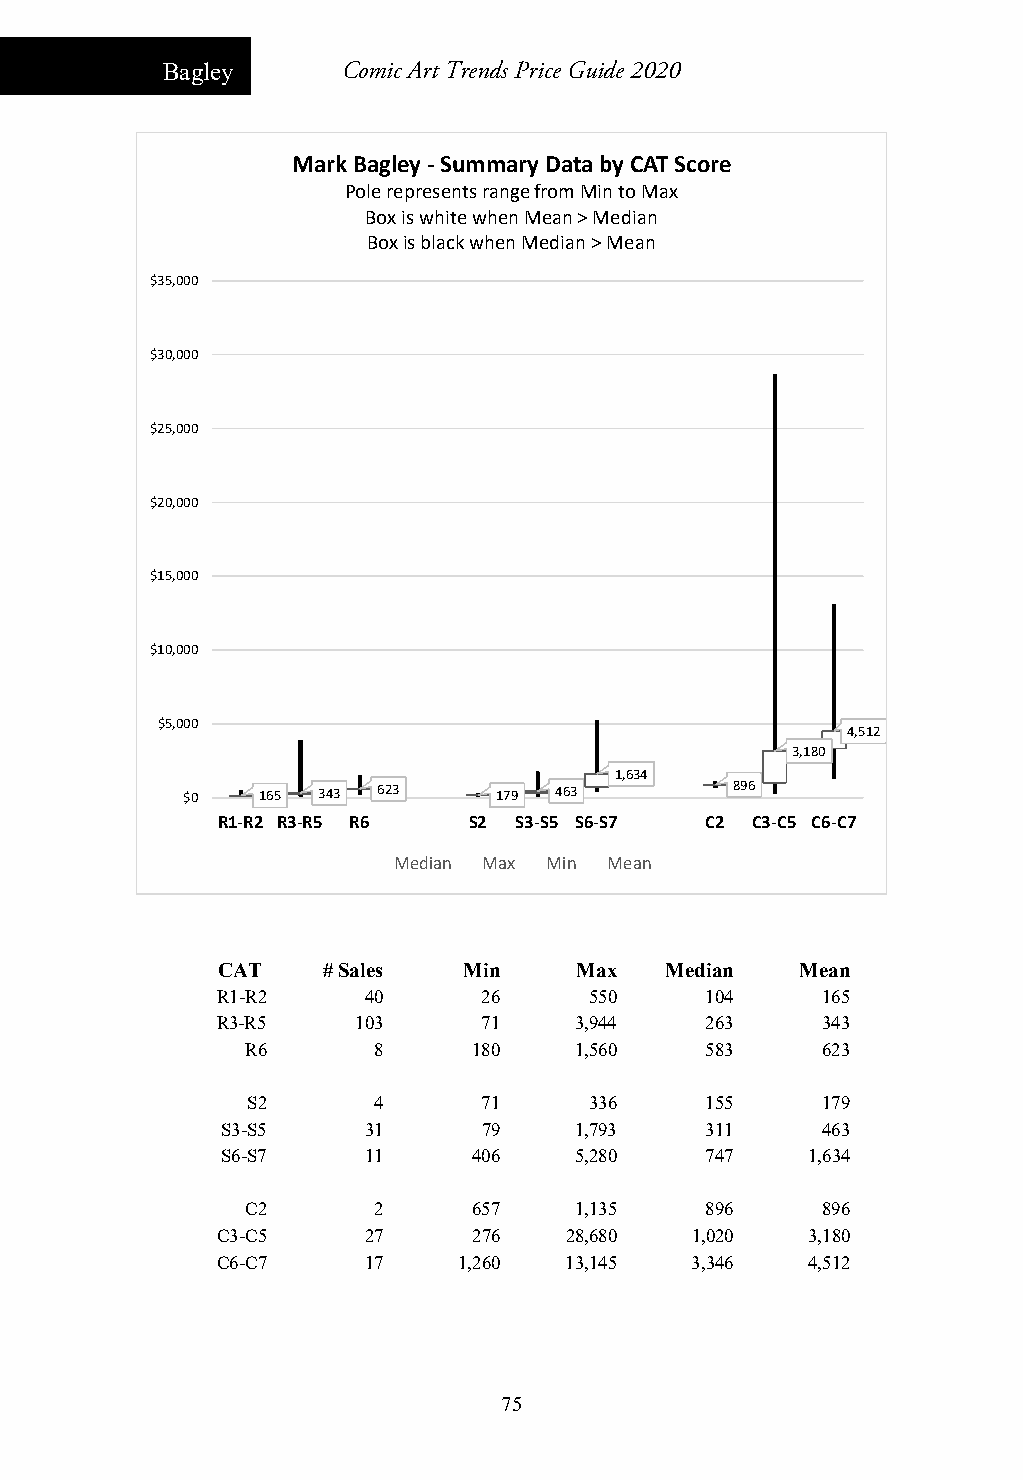
Bagley      Comic Art Trends Price Guide 2020
 Mark Bagley ‐Summary Data by CAT Score
 Pole represents range from Min to Max
 Box is white when Mean > Median
 Box is black when Median > Mean
 $35,000
 $30,000
 $25,000
 $20,000
 $15,000
 $10,000
 $5,000
 4,512
 3,180
 1,634
 $0   165 343 623     179 463         896
 R1‐R2 R3‐R5 R6   S2 S3‐S5 S6‐S7  C2 C3‐C5 C6‐C7
 Median Max Min Mean
 CAT    # Sales   Min    Max   Median   Mean
 R1-R2     40      26     550     104    165
 R3-R5     103     71    3,944    263    343
 R6       8     180    1,560    583    623
 S2       4      71     336     155    179
 S3-S5    31      79    1,793    311    463
 S6-S7    11     406    5,280    747   1,634
 C2       2     657    1,135    896    896
 C3-C5     27     276   28,680   1,020  3,180
 C6-C7     17    1,260  13,145   3,346  4,512
 75